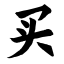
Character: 买